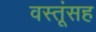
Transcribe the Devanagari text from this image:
वस्तूंसह